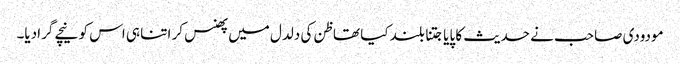
مودودی صاحب نے حدیث کا پایا جتنا بلند کیا تھا ظن کی دلدل میں پھنس کر اتنا ہی اس کو نیچے گرادیا۔